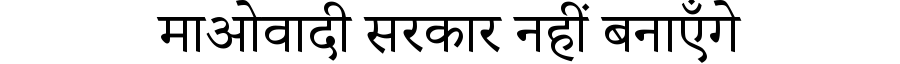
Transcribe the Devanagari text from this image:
माओवादी सरकार नहीं बनाएँगे